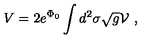
V = 2 e ^ { \Phi _ { 0 } } \int d ^ { 2 } \sigma \sqrt { g } { \cal V } \ ,